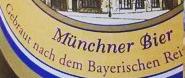
Cebraut nach dem Bayerischen Rei